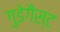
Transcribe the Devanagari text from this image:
गुडेगैस्ट